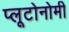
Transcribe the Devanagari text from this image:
प्लूटोनोमी